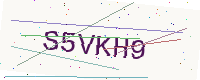
Text: S5VKH9